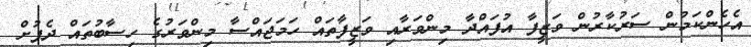
އެހެންކަމުން ސަރުކާރުން ވަޒީފާ އުފައްދާ މިންވަރާއި ވަޒީފާތައް ހަމަޖައްސާ މިންވަރުގެ ހިސާބުތައް ދެފުށް